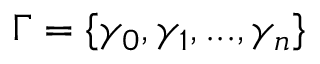
\Gamma = \{ \gamma _ { 0 } , \gamma _ { 1 } , . . . , \gamma _ { n } \}